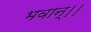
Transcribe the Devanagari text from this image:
भवान्।।